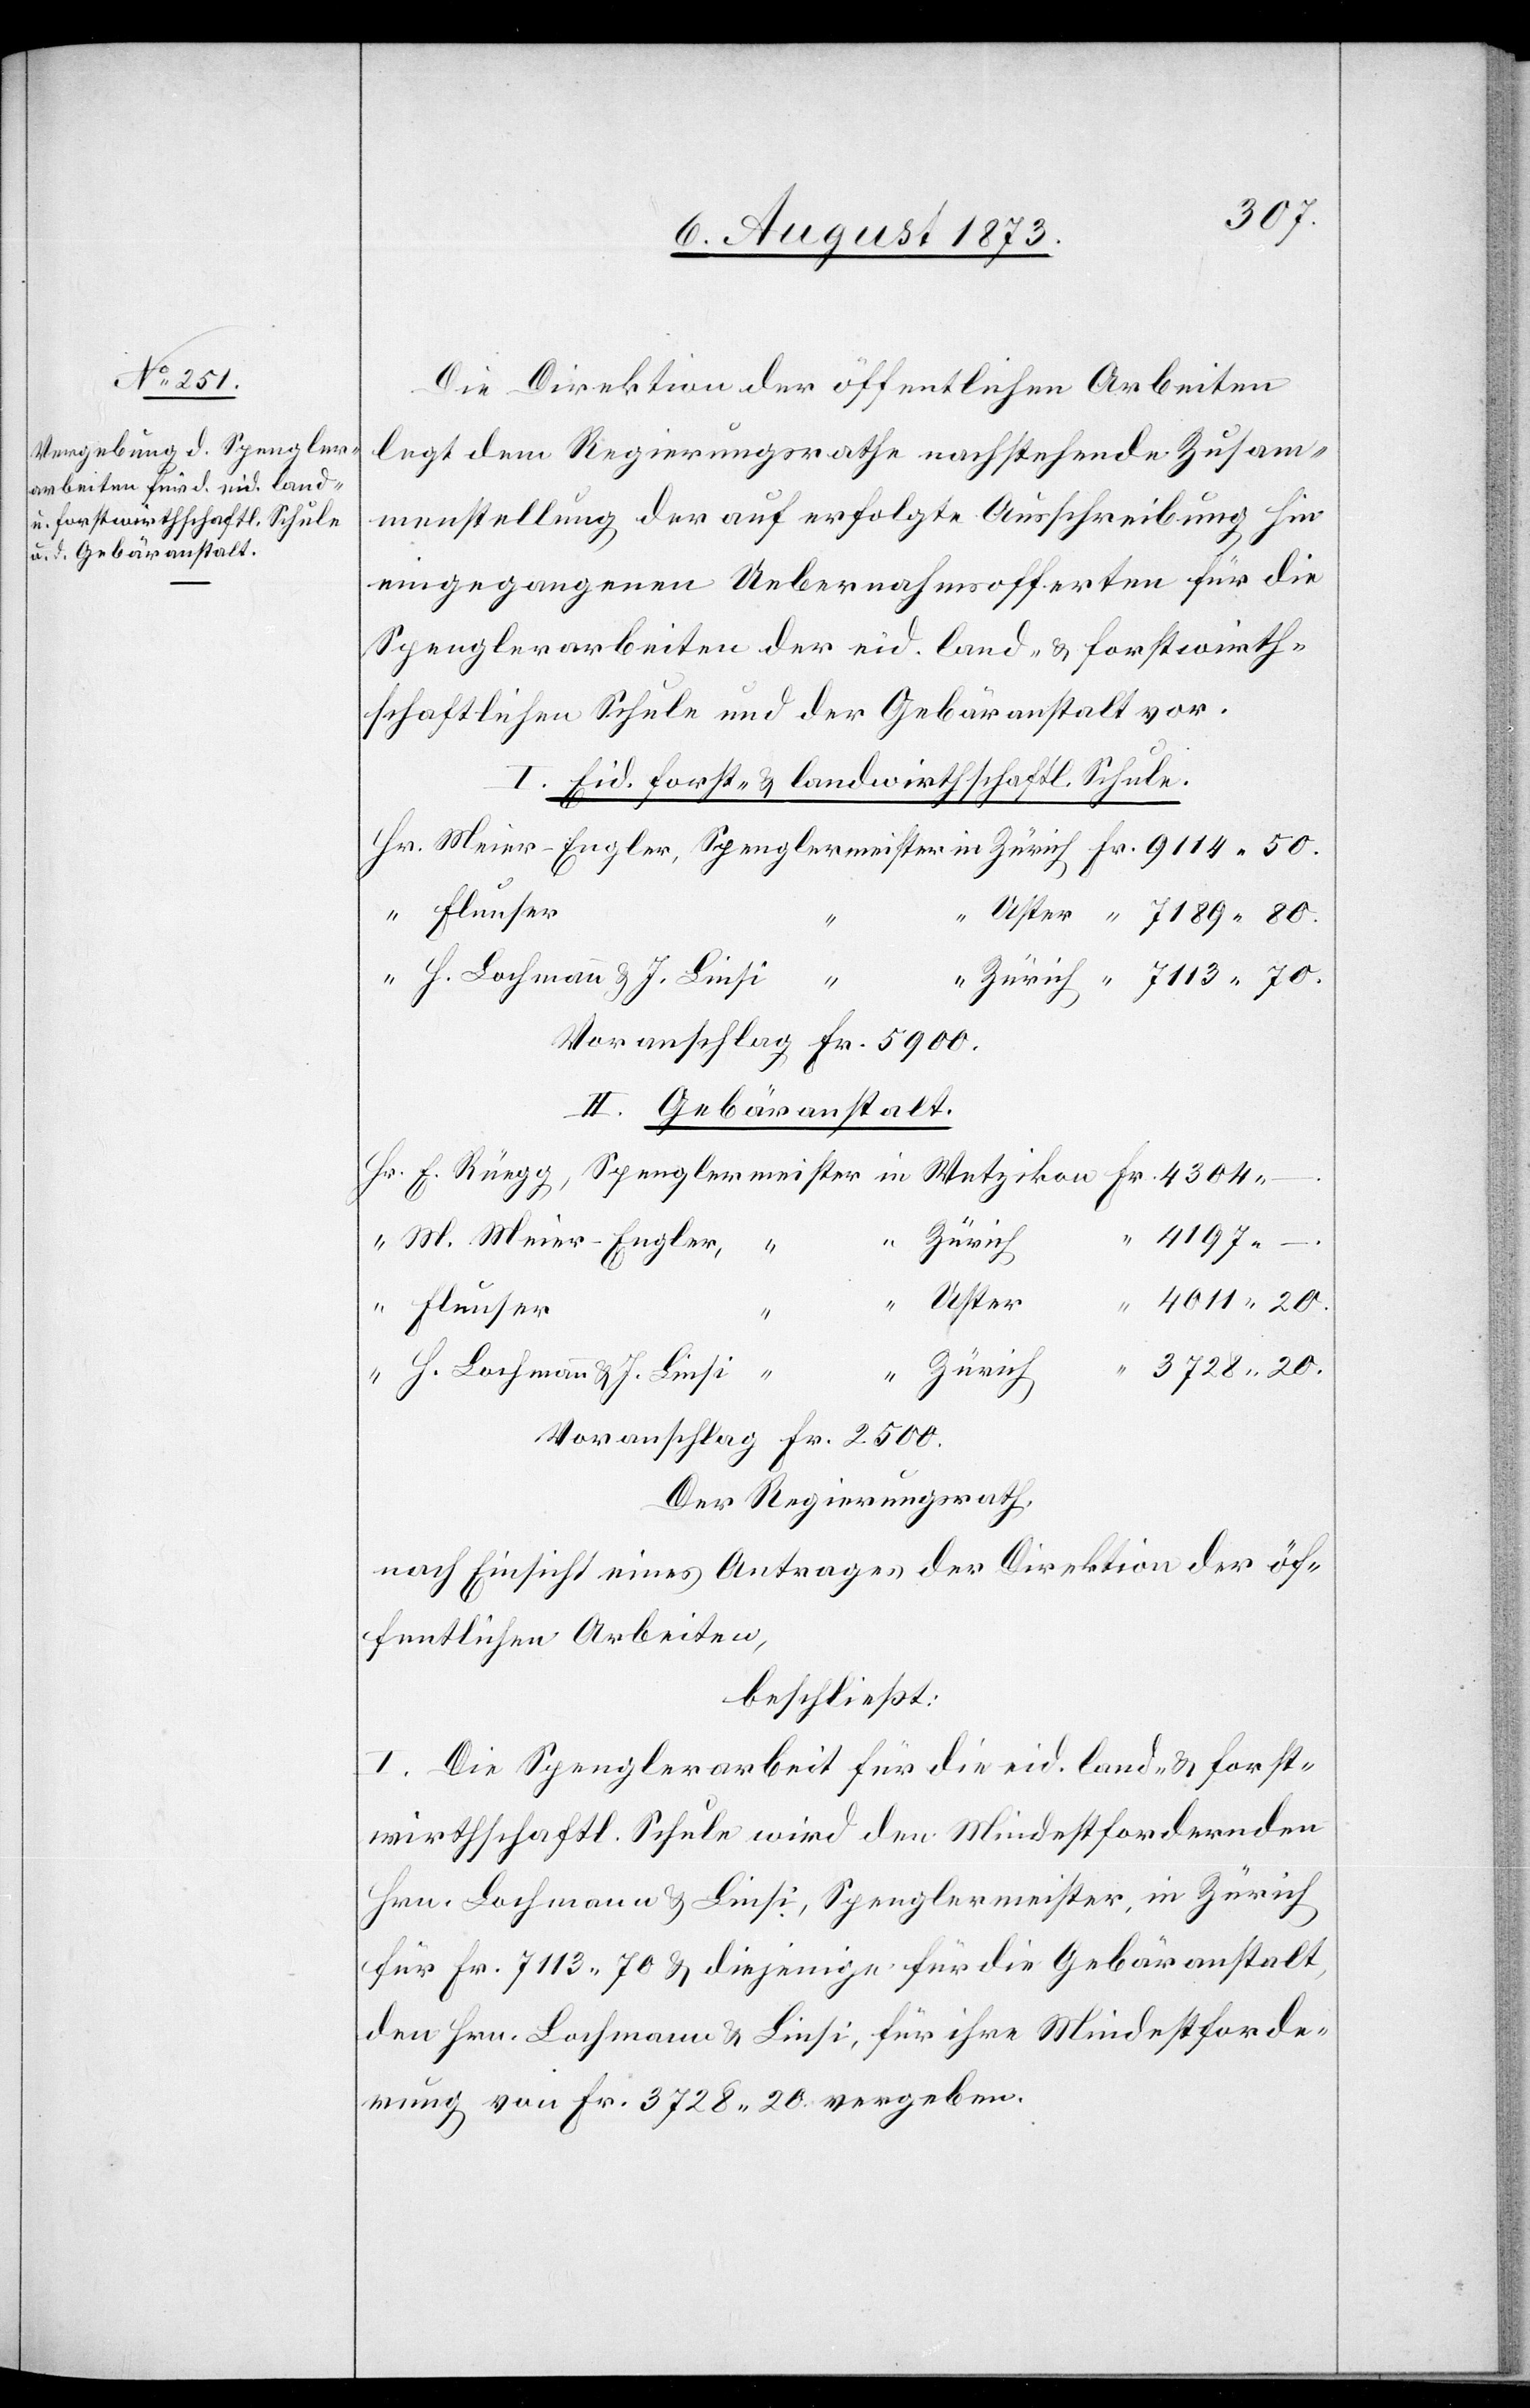
20.
Die Direktion der öffentlichen Arbeiten
legt dem Regierungsrathe nachstehende Zusam¬
menstellung der auf erfolgte Ausschreibung hin
eingegangenen Uebernahmsofferten für die
Spenglerarbeiten der eid. land- & forstwirth¬
schaftlichen Schule und der Gebäranstalt vor.
I. Eid. forst- & landwirthschaftl. Schule.
Voranschlag Fr. 5 900.
II. Gebäranstalt.
M. Meier-Engler,
Uster
Flunser
4
3 728 20.
Zürich
H. Lochmann & J. Linsi
Voranschlag Fr. 2 500.
Der Regierungsrath,
nach Einsicht eines Antrages der Direktion der öf¬
fentlichen Arbeiten,
beschließt:
I. Die Spenglerarbeit für die eid. land- & forst¬
wirthschaftl. Schule wird den Mindestfordernden
Hrn. Lochmann & Linsi, Spenglermeister, in Zürich
für Fr. 7 113 70 & diejenige für die Gebäranstalt,
den Hrn. Lochmann & Linsi, für ihre Mindestforde¬
rung von Fr. 3 728 20 vergeben.